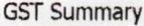
GST SUMMARY